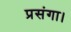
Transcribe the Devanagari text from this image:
प्रसंगा।